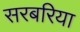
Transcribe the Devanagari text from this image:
सरबरिया